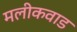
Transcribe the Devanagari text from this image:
मलीकवाड